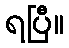
ရပြီ။